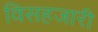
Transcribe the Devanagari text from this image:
विसहजारी